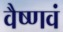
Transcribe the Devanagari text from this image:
वैष्णवं